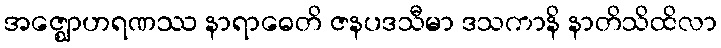
အဇ္ဈောဟရဏဿ နာရာဓေတိ ဇနပဒသီမာ ဒသကာနိ နာတိသိထိလာ